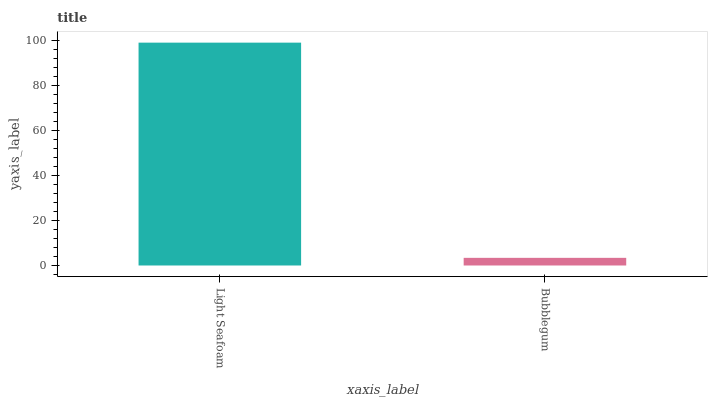
| xaxis_label | bars |
 | --- | --- |
 | Light Seafoam | 99 |
 | Bubblegum | 3.4 |